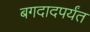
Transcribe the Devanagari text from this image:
बगदादपर्यंत